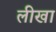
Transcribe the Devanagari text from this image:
लीखा